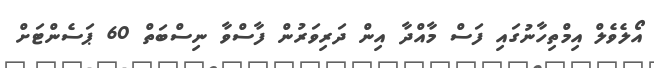
އޯލެވެލް އިމްތިހާނުގައި ފަސް މާއްދާ އިން ދަރިވަރުން ފާސްވާ ނިސްބަތް 60 ޕަސެންޓަށް